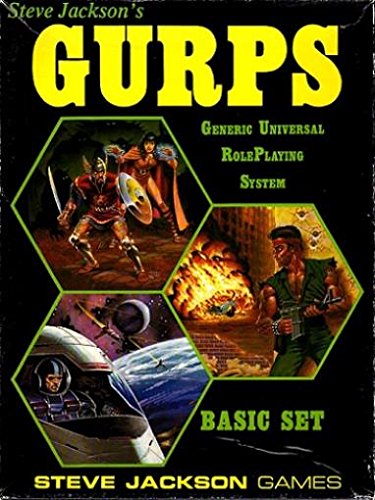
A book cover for GURPS Basic Set [BOX SET]; Steve Jackson; Science Fiction & Fantasy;